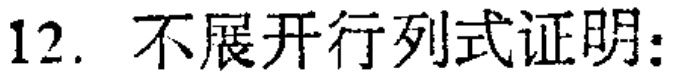
12. 不展开行列式证明: